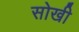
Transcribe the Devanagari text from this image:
सोखी